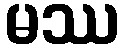
မဿ